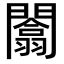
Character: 闟